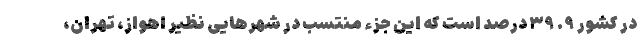
در کشور ۹. ۳۹ درصد است که این جزء منتسب در شهرهایی نظیر اهواز، تهران،